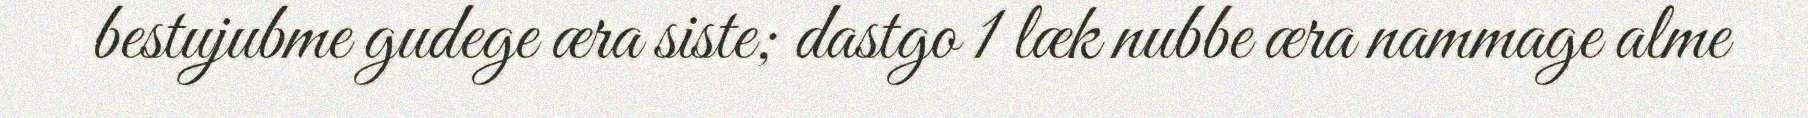
bestujubme gudege æra siste; dastgo 1 læk nubbe æra nammage alme